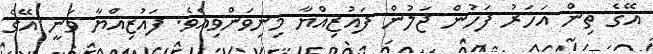
އޭގެ ތިން އަހަރު ފަހުން ޖަލުން ފައުޒިއްޔާ މިނިވަންވިއެވެ. ފައުޒިއްޔާ ވަނީ އޭގެ